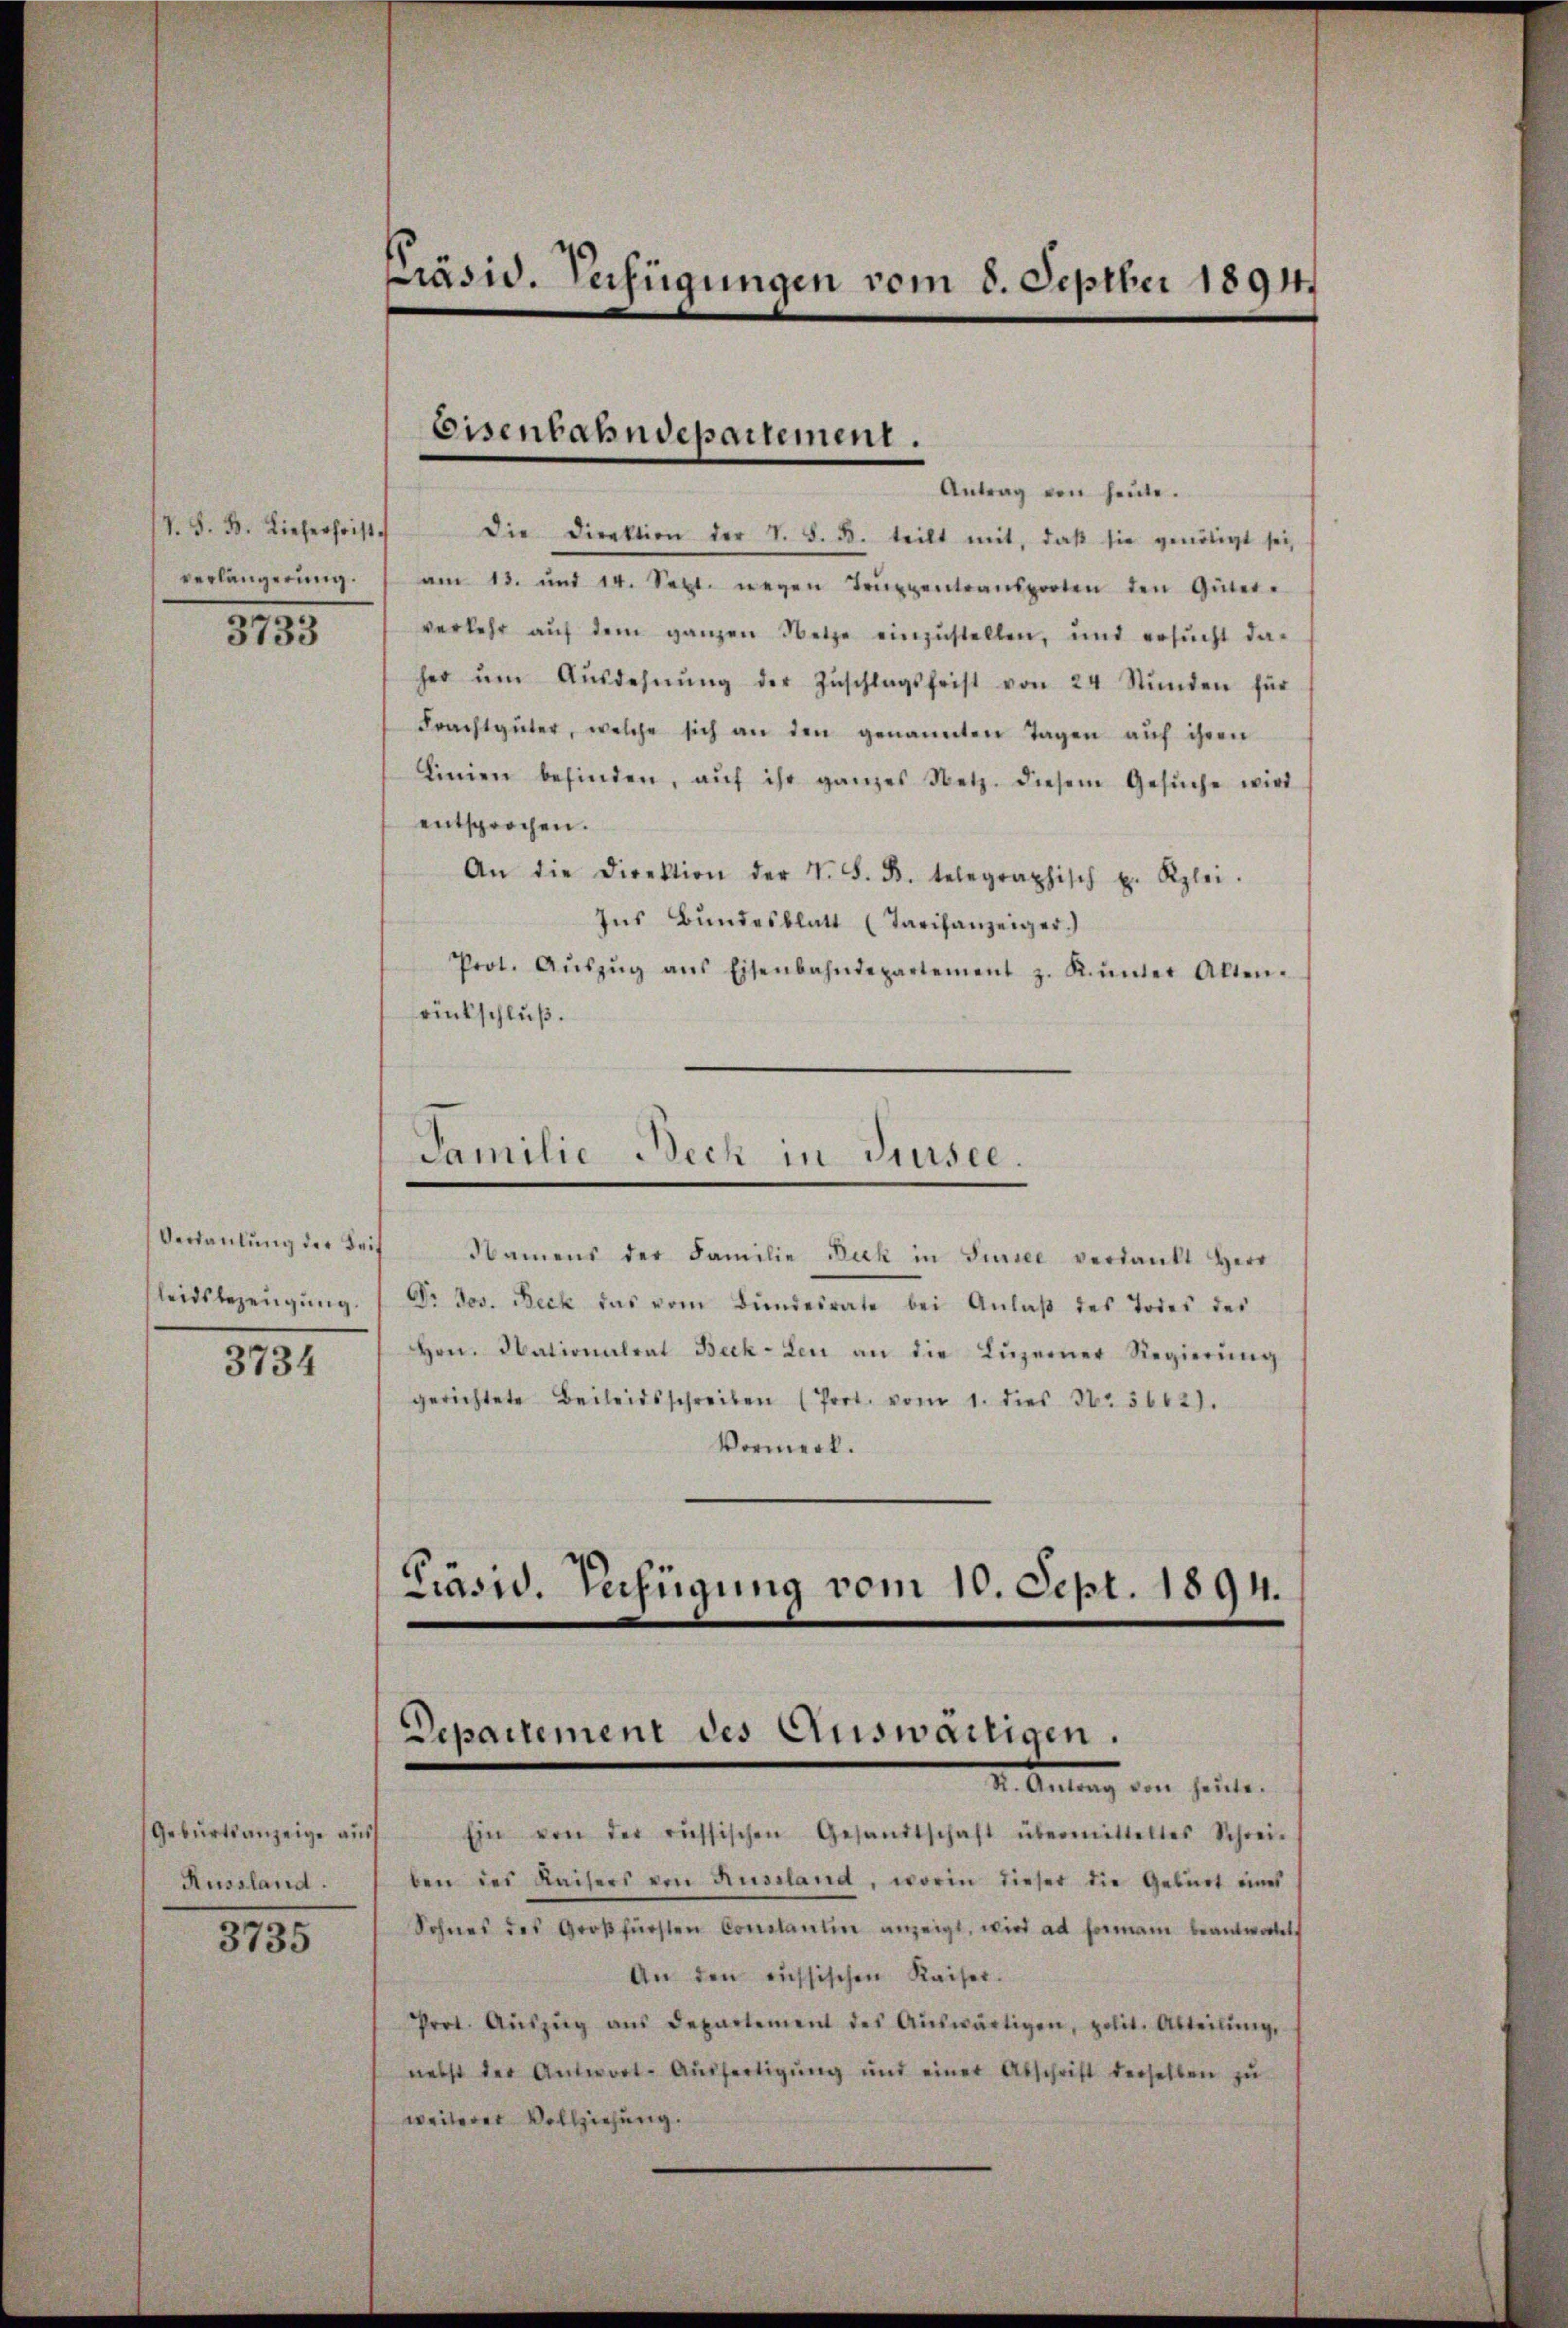
V. S. 33. Lieferfrist
verlängerung.
3733

Verdankung der Beit
leidsbezeugung.

3734

Geburtsanzeige aus
Russland.

3735

Präsid. Verfügungen vom 8. Septber 1894.

Eisenbahndepartement.

Antrag von heute.
Die Direktion der V. S. B. teilt mit, daß sie genötigt sei,
am 13. und 14. Sept. wegen Trŭppentransporten den Güter-
verkehr aŭf dem ganzen Netze einzustellen, und ersŭcht da-
her ŭm Aŭsdehnŭng der Zŭschlagsfrist von 24 Stŭnden für
Frachtgüter, welche sich an den genannten Tagen aŭf ihren
Linien befinden, aŭf ihr ganzes Netz. diesem Gesŭche wird
entsprochen.
An die Direktion der N. F. B. telegraphisch u. Klei
Ins Bŭndesblatt (Tarifanzeiger.)
Prot. Aŭszŭg ans Eisenbahndepartement z. Kŭnter Alten.
rückschluß.

Familie Bech in Sursee.

Namens der Familie Dick in Sursee verdankt Herr
Dr. Jos. Reck das vom Bundesrate bei Anlaβ des Todes des
Hrn. Nationalrat Beck-Leu an die Lŭzerner Regierŭng
gerichtete Beileidsschreiben (Port. vom 1. dies No. 5662).
Vormerk.

Präsid. Verfügung vom 10. Sept. 1894.

Departement des Auswärtigen.

I. Antrag den heute.
Ein von der russischen Gesandtschaft übermitteltes Schrei-
ben des Kaisers von Russland, worin dieser die Geburt eines
Sohnes des Großfürsten Conclusum anzeigt, wird ad formani beantwortet
An den aussischen Kaiser.
Prot. Aŭszŭg ans Departement des Aŭswärtigen, polit. Abteilŭng
nebst der Antwort-Aŭsfertigŭng und einer Abschrift derselben zu
weiterer Vollziehung.